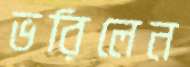
ভরিলেন